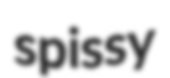
spissy